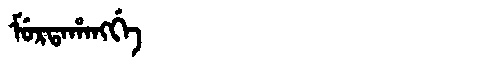
Manchu: ᠮᡠᡵᡨᠠᡥᠠᠩᡤᡝ
Romanization: MURTAHANGGE